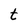
Character: t